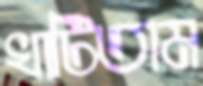
খাটিতাম